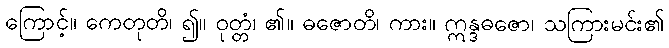
ကြောင့်။ ကေတုတိ၊ ၍။ ဝုတ္တံ၊ ၏။ ဓဇောတိ၊ ကား။ ဣန္ဒဓဇော၊ သကြားမင်း၏